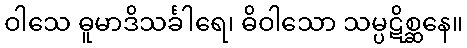
ဝါသေ ဓူမာဒိသင်္ခါရေ၊ ဓိဝါသော သမ္ပဋိစ္ဆနေ။